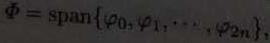
$\varPhi = \mathrm{span}\{\varphi_0,\varphi_1,\cdots,\varphi_{2n}\},$